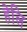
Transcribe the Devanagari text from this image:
हेलि